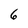
Character: 6